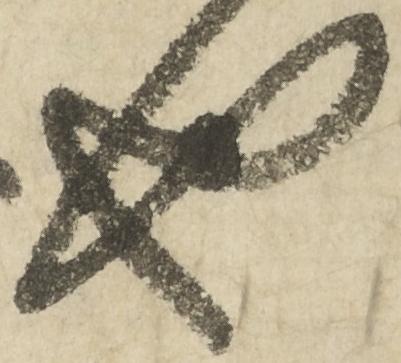
也